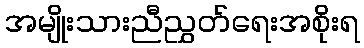
အမျိုးသားညီညွှတ်ရေးအစိုးရ